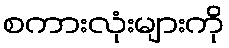
စကားလုံးများကို